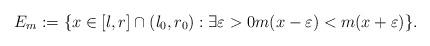
LaTeX: \begin{align*}E_m:=\{x\in [l,r]\cap (l_0,r_0): \exists \varepsilon>0m(x-\varepsilon)<m(x+\varepsilon)\}. \end{align*}